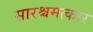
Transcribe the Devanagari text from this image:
सारश्चमत्कार